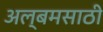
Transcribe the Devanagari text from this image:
अल्बमसाठी